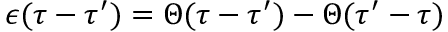
\epsilon ( \tau - \tau ^ { \prime } ) = \Theta ( \tau - \tau ^ { \prime } ) - \Theta ( \tau ^ { \prime } - \tau )